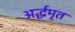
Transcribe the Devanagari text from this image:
अर्द्धमृत